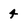
Character: 4